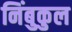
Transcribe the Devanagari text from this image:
निंबुकुल